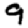
Digit: 9